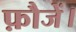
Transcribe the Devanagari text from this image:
फ़ौजें।